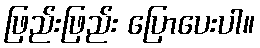
ဖြည်းဖြည်း ပြောပေးပါ။